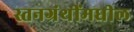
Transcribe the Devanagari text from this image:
स्तनग्रंथींमधील